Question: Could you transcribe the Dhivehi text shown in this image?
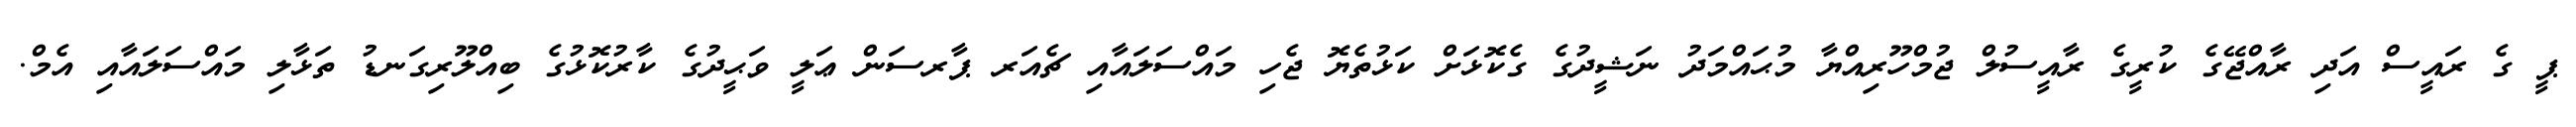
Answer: ޕީ ގެ ރައީސް އަދި ރާއްޖޭގެ ކުރީގެ ރާއީސުލް ޖުމްހޫރިއްޔާ މުޙައްމަދު ނަޝީދުގެ ގެކޮޅަށް ކަޅުތެޔޮ ޖެހި މައްސަލައާއި ޗެއަރ ޕާރސަން ޢަލީ ވަޙީދުގެ ކާރުކޮޅުގެ ބިއްލޫރިގަނޑު ތަޅާލި މައްސަލައާއި އެމް.